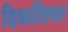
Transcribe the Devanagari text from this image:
दिकशिथर